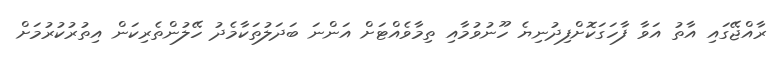
ރާއްޖޭގައި އާތު އަވާ ފާހަގަކޮށްފިދުނިޔެ ހޫނުވުމާއި ތިމާވެއްޓަށް އަންނަ ބަދަލުތަކާމެދު ހޭލުންތެރިކަން އިތުރުކުރުމަށް